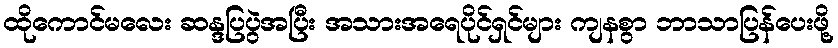
ထိုကောင်မလေး ဆန္ဒပြပွဲအပြီး အသားအရေပိုင်ရှင်များ ကျနစွာ ဘာသာပြန်ပေးဖို့